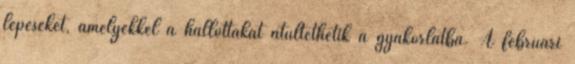
lépéseket, amelyekkel a hallottakat átültethetik a gyakorlatba. A februári